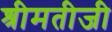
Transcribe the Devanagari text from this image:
श्रीमतीजी